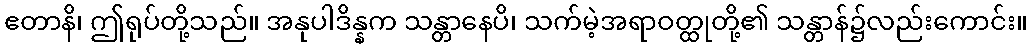
ဧတာနိ၊ ဤရုပ်တို့သည်။ အနုပါဒိန္နက သန္တာနေပိ၊ သက်မဲ့အရာဝတ္ထုတို့၏ သန္တာန်၌လည်းကောင်း။